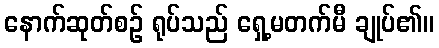
နောက်ဆုတ်စဉ် ရုပ်သည် ရှေ့မတက်မီ ချုပ်၏။